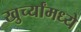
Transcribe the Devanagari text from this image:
खुर्च्यांमध्ये